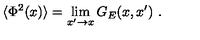
\langle \Phi ^ { 2 } ( x ) \rangle = \lim _ { x ^ { \prime } \to x } G _ { E } ( x , x ^ { \prime } ) \ .